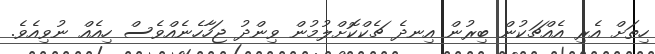
ހިތަށް އެރި އެއްޗަކުން ބިރުން އިނދެ ޗެކްކޮށްލުމުން ވިންދު ޖަހާހެނެއްވެސް ހިއެއް ނުވިއެވެ.